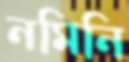
নমিনি